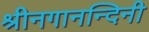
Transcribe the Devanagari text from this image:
श्रीनगानन्दिनी